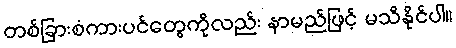
တစ်ခြားစံကားပင်တွေကိုလည်း နာမည်ဖြင့် မသိနိုင်ပါ။